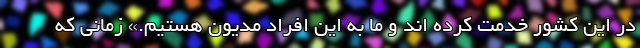
در این کشور خدمت کرده اند و ما به این افراد مدیون هستیم.» زمانی که